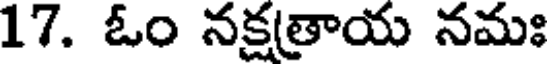
17. ఓం నక్షత్రాయ నమః